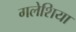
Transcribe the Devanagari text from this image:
गलेशिया